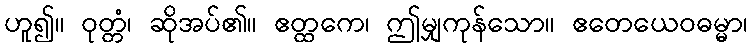
ဟူ၍။ ဝုတ္တံ၊ ဆိုအပ်၏။ ဧတ္ထကေ၊ ဤမျှကုန်သော။ ဧတေယေဝဓမ္မာ၊